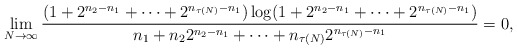
\begin{align*}\lim_{N\rightarrow\infty}\frac{(1+2^{n_{2}-n_{1}}+\cdots+2^{n_{\tau(N)}-n_{1}})\log(1+2^{n_{2}-n_{1}}+\cdots+2^{n_{\tau(N)}-n_{1}})}{ n_{1}+n_{2} 2^{n_{2}-n_{1}}+\cdots+n_{\tau(N)} 2^{n_{\tau(N)}-n_{1}}}=0,\end{align*}